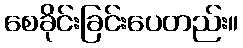
စေခိုင်းခြင်းပေတည်း။